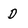
Character: D